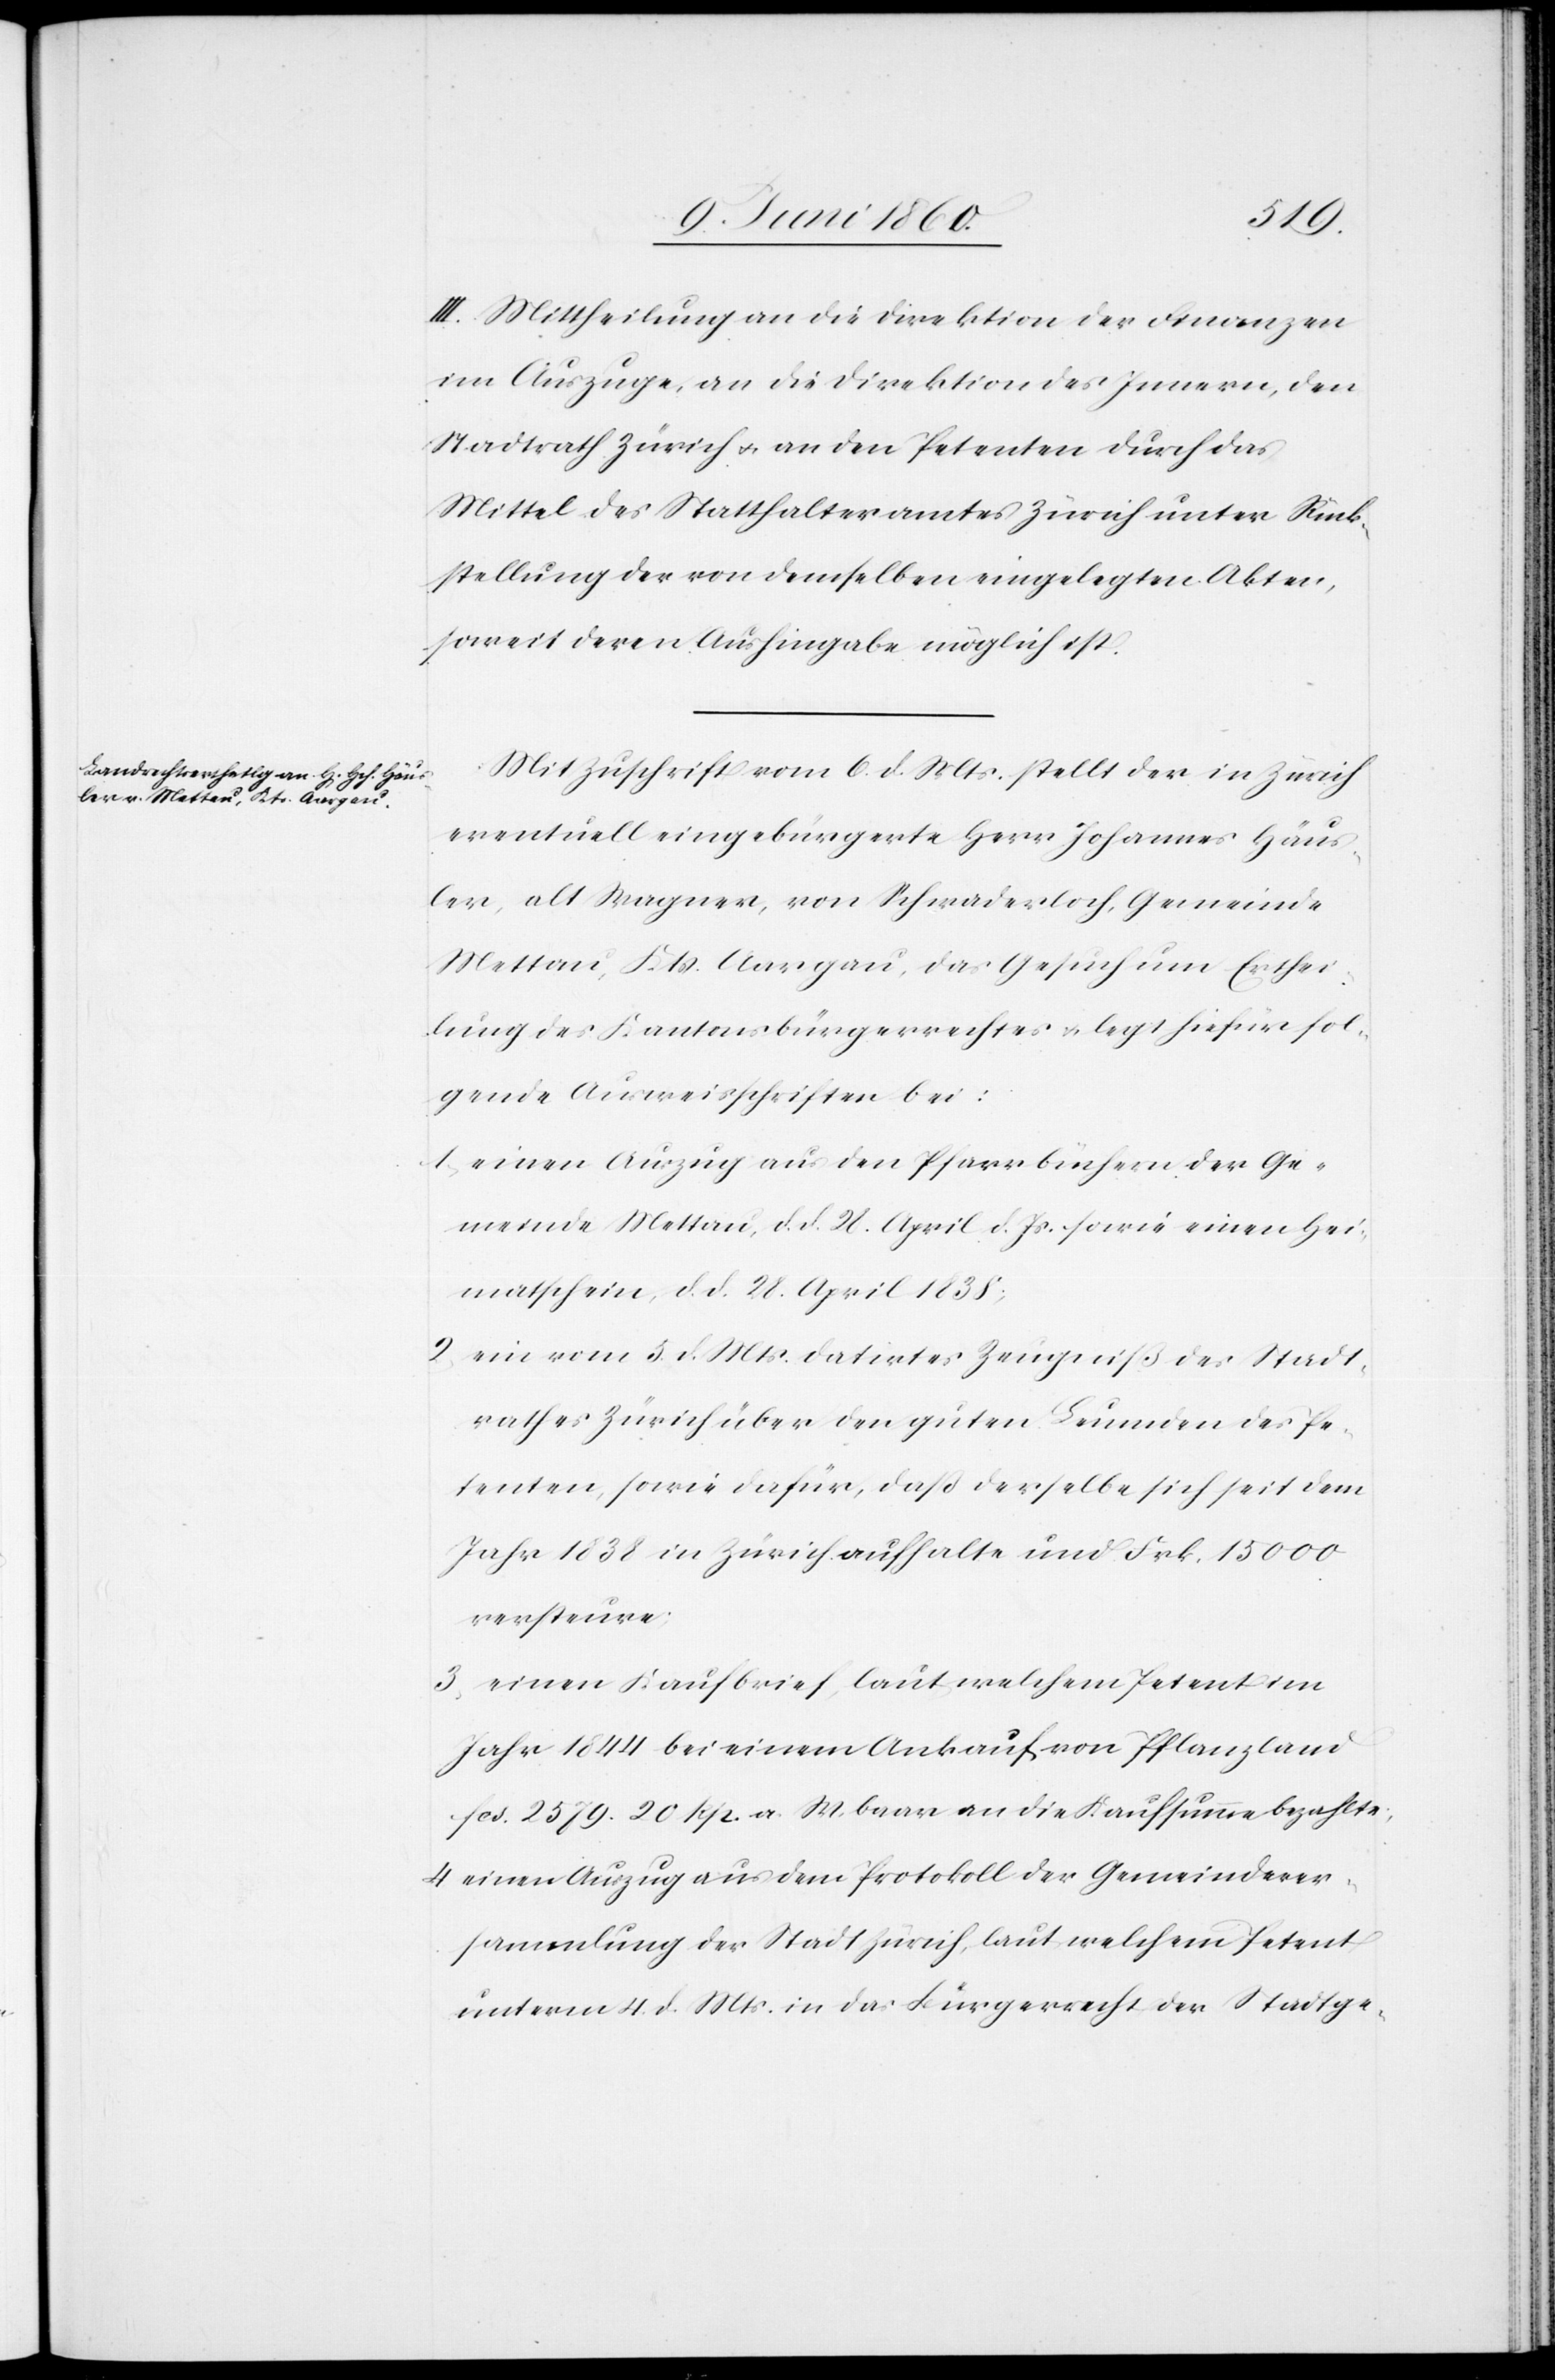
III. Mittheilung an die Direktion der Finanzen
im Auszuge, an die Direktion des Innern, den
Stadtrath Zürich u. an den Petenten durch das
Mittel des Statthalteramtes Zürich unter Rück¬
stellung der von demselben eingelegten Akten,
soweit deren Aushingabe möglich ist.
Mit Zuschrift vom 6. d. Mts. stellt der in Zürich
eventuell eingebürgerte Herr Johannes Häus¬
ler, alt Wagner, von Schwaderloch, Gemeinde
Mettau, Kts. Aargau, das Gesuch um Erthei¬
lung des Kantonsbürgerrechtes u. legt hiefür fol¬
gende Ausweisschriften bei:
1. einen Auszug aus den Pfarrbüchern der Ge¬
meinde Mettau, d. d. 28. April d. Js. sowie einen Hei¬
matschein, d. d. 28. April 1838;
2. ein vom 3. d. Mts. datirtes Zeugniß des Stadt¬
rathes Zürich über den guten Leumden des Pe¬
tenten, sowie dafür, daß derselbe sich seit dem
Jahr 1838 in Zürich aufhalte und Frk. 15 000
versteure;
3. einen Kaufbrief, laut welchem Petent im
Jahr 1844 bei einem Ankauf von Pflanzland
fcs. 2579 20 Rp. a. W. baar an die Kaufsumme bezahlte.
4. einen Auszug aus dem Protokoll der Gemeindever¬
sammlung der Stadt Zürich, laut welchem Petent
unterm 4. d. Mts. in das Bürgerrecht der Stadtge-